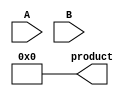
module BoothMultiplier(
    input [7:0] A,
    input [7:0] B,
    output reg [15:0] product
);

reg [7:0] expanded_A, expanded_B;
reg [15:0] partial_product [7:0];
wire [15:0] multiplier_output;

// Booth Encoding
always @(*) begin
    expanded_A = {A[7], A, 1'b0};
    expanded_B = {B[7], B, 1'b0};
end

// Partial Products Generation
generate
    genvar i;
    for(i = 0; i < 8; i = i + 1) begin : PART_PROD_GEN
        always @(*) begin
            if(expanded_A[i+1:i] == 2'b01 && expanded_A[i] == 1'b0) begin
                partial_product[i] = {expanded_B, 8'b0};
            end else if(expanded_A[i+1:i] == 2'b10 && expanded_A[i] == 1'b1) begin
                partial_product[i] = {-expanded_B, 8'b0};
            end else begin
                partial_product[i] = 16'b0;
            end
        end
    end
endgenerate

// Wallace Tree Multiplier
assign multiplier_output = partial_product[0] + partial_product[1] + partial_product[2] + partial_product[3]
                    + partial_product[4] + partial_product[5] + partial_product[6] + partial_product[7];

// Final Output Accumulation
always @(*) begin
    product = multiplier_output[7:0];
end

endmodule